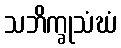
သဘိက္ခုသံဃံ